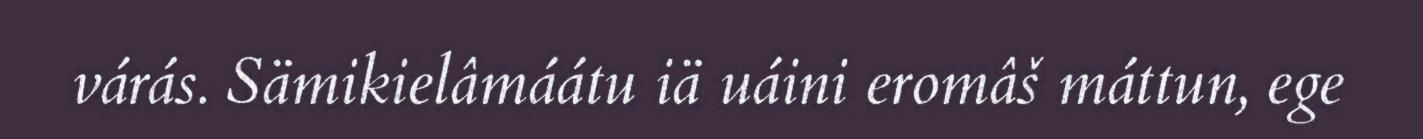
várás. Sämikielâmáátu iä uáini eromâš máttun, ege